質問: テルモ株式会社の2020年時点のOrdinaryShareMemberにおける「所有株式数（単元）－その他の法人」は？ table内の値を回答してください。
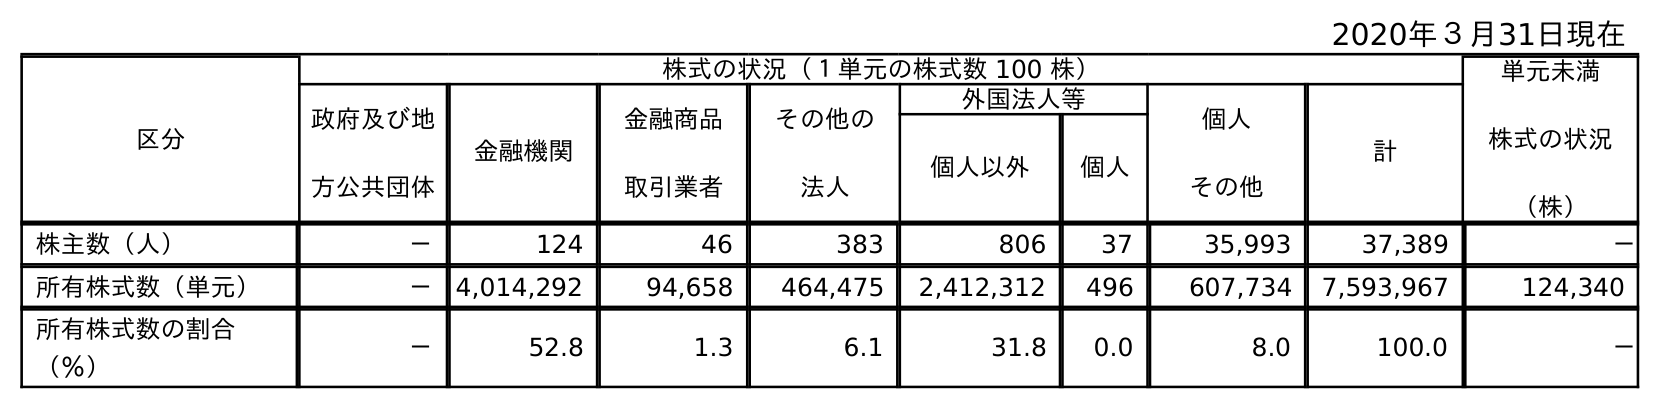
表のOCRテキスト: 2020年３月31日現在 区分 株式の状況（１単元の株式数 100 株） 単元未満 株式の状況 （株） 政府及び地 方公共団体 金融機関 金融商品 取引業者 その他の 法人 外国法人等 個人 その他 計 個人以外 個人 株主数（人） － 124 46 383 806 37 35,993 37,389 － 所有株式数（単元） － 4,014,292 94,658 464,475 2,412,312 496 607,734 7,593,967 124,340 所有株式数の割合 （％） － 52.8 1.3 6.1 31.8 0.0 8.0 100.0 －
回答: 464,475